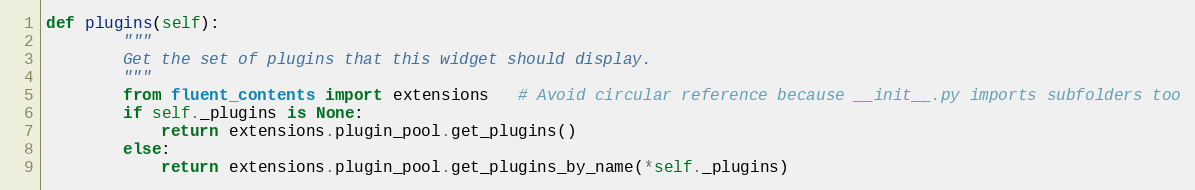
Language: Python
def plugins(self):
        """
        Get the set of plugins that this widget should display.
        """
        from fluent_contents import extensions   # Avoid circular reference because __init__.py imports subfolders too
        if self._plugins is None:
            return extensions.plugin_pool.get_plugins()
        else:
            return extensions.plugin_pool.get_plugins_by_name(*self._plugins)